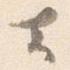
去